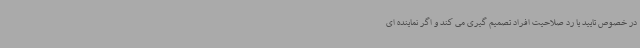
در خصوص تایید یا رد صلاحیت افراد تصمیم گیری می کند و اگر نماینده ای